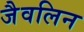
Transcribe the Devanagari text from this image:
जैवलिन